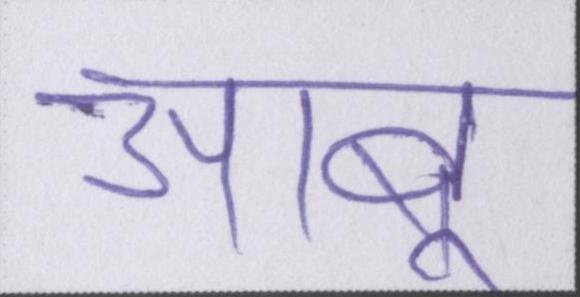
आबू